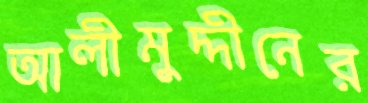
আলীমুদ্দীনের